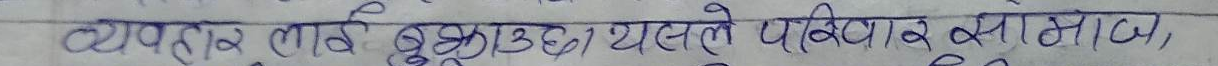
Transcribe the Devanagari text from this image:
व्यपहार लाई बढाउँछ यस्तो परिक्षा र समाज,